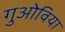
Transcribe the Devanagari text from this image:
गुओविया